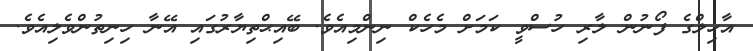
އާހިލްގެ ފޯނުން ލާރި ހުސްވީ ކަމަށް މެހެކް ނިންމިއެވެ. ބޭއިޙްތިޔާރުގައި އޭނާ ހިނިތުންވެލިއެވެ.